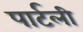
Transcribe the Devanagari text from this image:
पार्टली